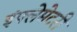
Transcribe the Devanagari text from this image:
इंफ्लेमेटरी